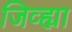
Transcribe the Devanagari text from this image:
जिव्ह्या